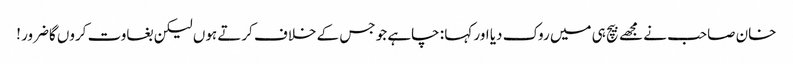
خان صاحب نے مجھے بیچ ہی میں روک دیا اور کہا : چاہے جو جس کے خلاف کرتے ہوں لیکن بغاوت کروں گاضرور !